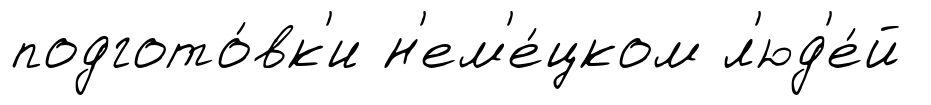
подгото́вк'и н'ем'е́цком л'юд'е́й